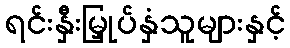
ရင်းနှီးမြှုပ်နှံသူများနှင့်